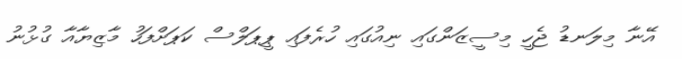
އޭނާ މިލަނޑު ޖެހީ މިސީޒަންގައި ނިއުގައި ހުރެފައި ޕީޕަލްސް ކަޕަށްފަހު މާޒިޔާއާ ގުޅުނު